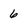
Character: 6